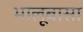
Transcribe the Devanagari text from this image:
भालूबासा